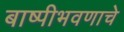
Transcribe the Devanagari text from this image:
बाष्पीभवणाचे